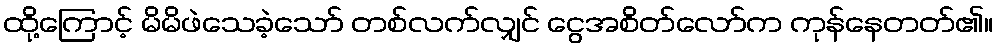
ထို့ကြောင့် မိမိဖဲသေခဲ့သော် တစ်လက်လျှင် ငွေအစိတ်လော်က ကုန်နေတတ်၏။